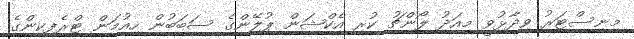
މިނިސްޓަރު ވިދާޅުވީ މިއަދު ލޯންޗު ކުރި އެކްޝަން ޕުލޭންގެ ސަބަބުން ހިއުމަން ޓްރެފިކިންގެ